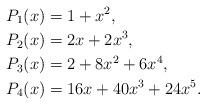
LaTeX: \begin{align*} P_1(x)& =1+x^2, \\ P_2(x)& =2x+2x^3, \\ P_3(x)& =2+8x^2+6x^4,\\ P_4(x)& =16x+40x^3+24x^5.\end{align*}